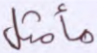
مأمثل